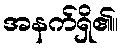
အနက်ရှိ၏။